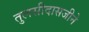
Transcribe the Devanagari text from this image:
तुलसीदासजीने